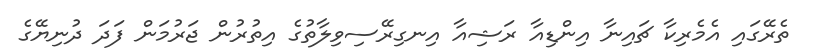
ތެރޭގައި އެމެރިކާ ޗައިނާ އިންޑިއާ ރަޝިއާ އިނގިރޭސިވިލާތުގެ އިތުރުން ޖަރުމަން ފަދަ ދުނިޔޭގެ